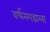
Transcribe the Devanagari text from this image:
वर्धनगडाला